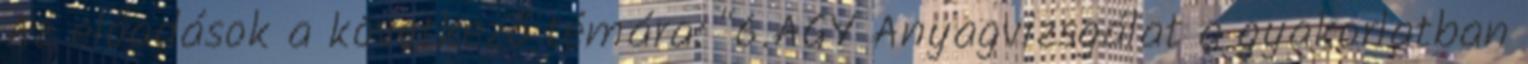
Az előadások a következő témára: "6.AGY Anyagvizsgálat a gyakorlatban